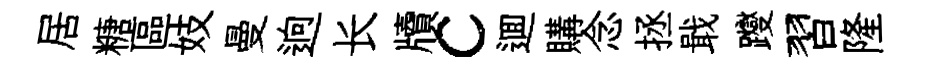
居糖區妓曼逈长牘c逥購念拯戢躞習隆